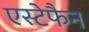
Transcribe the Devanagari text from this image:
एस्टेफैन